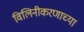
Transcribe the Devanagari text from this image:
विलिनीकरणाच्या